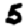
Digit: 5